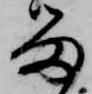
留